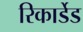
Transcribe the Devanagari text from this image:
रिकार्डेड